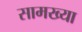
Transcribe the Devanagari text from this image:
सामख्या